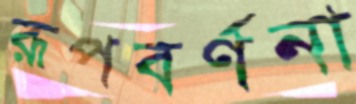
রূপবর্ণনা